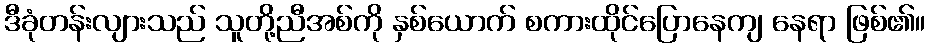
ဒီခုံတန်းလျားသည် သူတို့ညီအစ်ကို နှစ်ယောက် စကားထိုင်ပြောနေကျ နေရာ ဖြစ်၏။